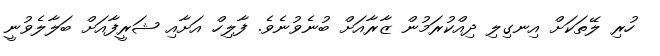
ހުރި ލޭތަކަށް އިނގިލި ދިއްކުރަމުން ޒާރާއަށް ބުނެވުނެވެ. ފާލިހް އަށާއި ޝަރީފާއަށް ބަލާލެވުނީ